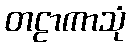
တဠာကာသုံ